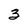
Character: 3